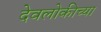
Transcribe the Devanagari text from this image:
देवलोकीच्या